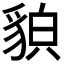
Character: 𧳖